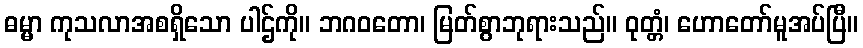
ဓမ္မာ ကုသလာအစရှိသော ပါဌ်ကို။ ဘဂဝတော၊ မြတ်စွာဘုရားသည်။ ဝုတ္တံ၊ ဟောတော်မူအပ်ပြီ။